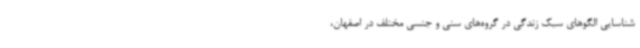
شناسایی الگوهای سبک زندگی در گروه‌های سنی و جنسی مختلف در اصفهان،